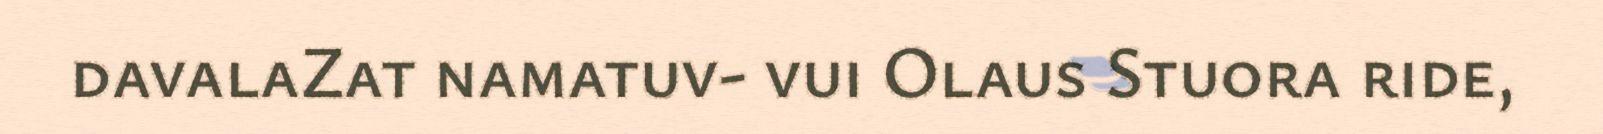
davalaZat namatuv- vui Olaus Stuora ride,